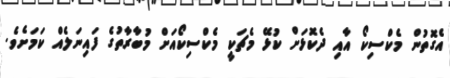
އެގޮތުން މެކްސިކޯ އާއި ދެކޮޅަށް ކުޅޭ މެޗަކީ މެކްސިކޯއަށް މުބާރާތުގެ ފައިނަލެއް ކަމަށެވެ.